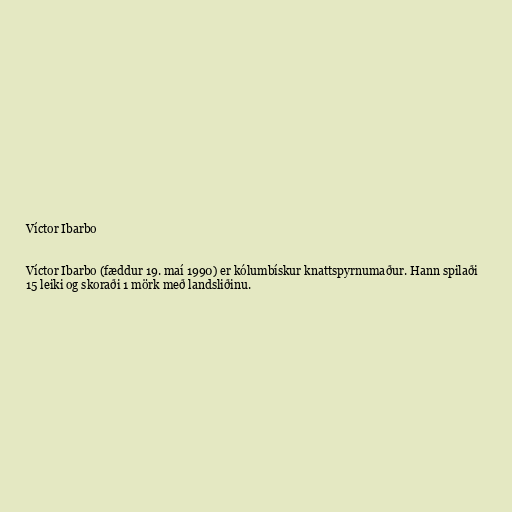
Víctor Ibarbo

Víctor Ibarbo (fæddur 19. maí 1990) er kólumbískur knattspyrnumaður. Hann spilaði
15 leiki og skoraði 1 mörk með landsliðinu.